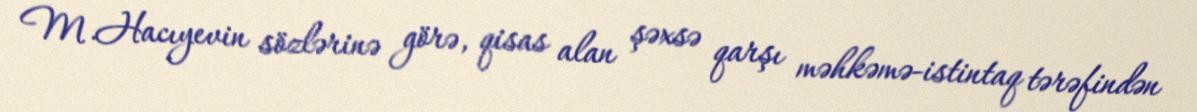
M.Hacıyevin sözlərinə görə, qisas alan şəxsə qarşı məhkəmə-istintaq tərəfindən